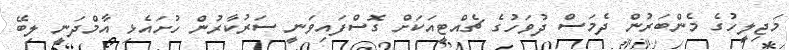
މަޖިލީހުގެ މެންބަރުން ދެމަސް ދުވަހުގެ ޗެއްޓީއަކަށް ގޮސްފައިވަނީ ސަރުކާރުން ހުށައެޅި އާމްދަނީ ލިބޭ